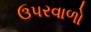
ઉપરવાળો